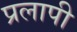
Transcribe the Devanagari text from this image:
प्रलापी